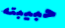
حبيبته